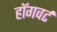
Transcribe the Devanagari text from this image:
हॉगवर्ट